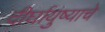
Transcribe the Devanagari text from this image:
दीर्घायुष्याचे